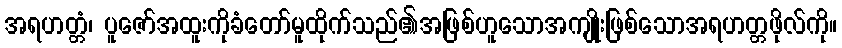
အရဟတ္တံ၊ ပူဇော်အထူးကိုခံတော်မူထိုက်သည်၏အဖြစ်ဟူသောအကျိုးဖြစ်သောအရဟတ္တဖိုလ်ကို။